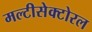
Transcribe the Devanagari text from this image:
मल्टीसेक्टोरल